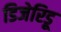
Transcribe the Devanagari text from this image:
डिजेरिडू